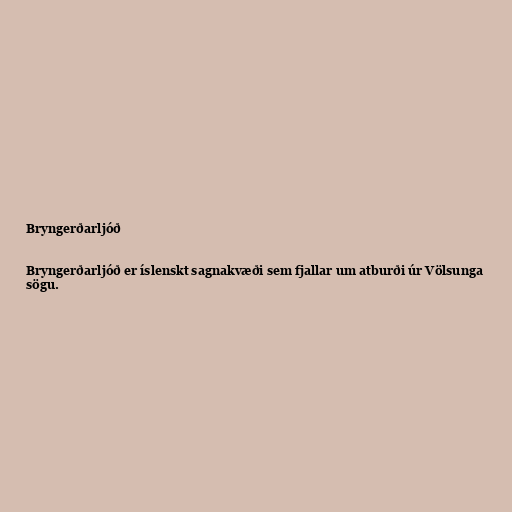
Bryngerðarljóð

Bryngerðarljóð er íslenskt sagnakvæði sem fjallar um atburði úr Völsunga
sögu.